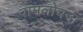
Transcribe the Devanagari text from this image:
वामलोचना